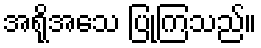
အရိုအသေ ပြုကြသည်။